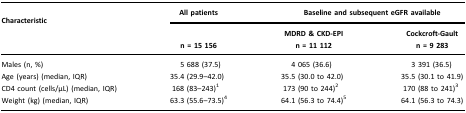
<table><thead><tr><td><b>Characteristic</b></td><td><b>All patients</b></td><td colspan="2"><b>Baseline and subsequent eGFR available</b></td></tr><tr><td><b> </b></td><td><b>n = 15 156</b></td><td><b>MDRD &amp; CKD-EPI n = 11 112</b></td><td><b>Cockcroft-Gaultn = 9 283</b></td></tr></thead><tbody><tr><td>Males (n, %)</td><td>5 688 (37.5)</td><td>4 065 (36.6)</td><td>3 391 (36.5)</td></tr><tr><td>Age (years) (median, IQR)</td><td>35.4 (29.9–42.0)</td><td>35.5 (30.0 to 42.0)</td><td>35.5 (30.1 to 41.9)</td></tr><tr><td>CD4 count (cells/μL) (median, IQR)</td><td>168 (83–243)<sup>1</sup></td><td>173 (90 to 244)<sup>2</sup></td><td>170 (88 to 241)<sup>3</sup></td></tr><tr><td>Weight (kg) (median, IQR)</td><td>63.3 (55.6–73.5)<sup>4</sup></td><td>64.1 (56.3 to 74.4)<sup>5</sup></td><td>64.1 (56.3 to 74.3)</td></tr></tbody></table>